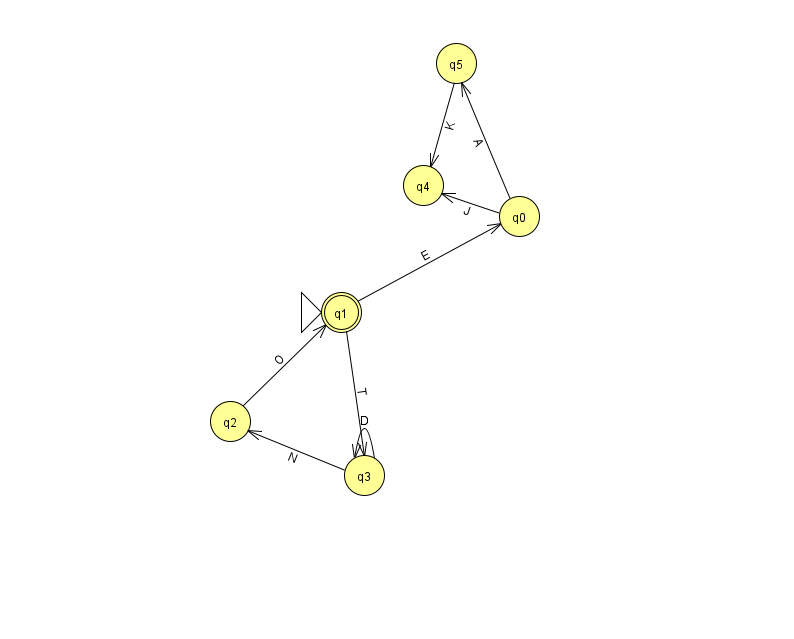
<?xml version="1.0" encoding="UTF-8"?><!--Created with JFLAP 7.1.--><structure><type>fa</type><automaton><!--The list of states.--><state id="0" name="q0"><x>519.0</x><y>203.0</y></state><state id="1" name="q1"><x>341.0</x><y>299.0</y><initial/><final/></state><state id="2" name="q2"><x>230.0</x><y>408.0</y></state><state id="3" name="q3"><x>364.0</x><y>462.0</y></state><state id="4" name="q4"><x>423.0</x><y>172.0</y></state><state id="5" name="q5"><x>456.0</x><y>50.0</y></state><!--The list of transitions.--><transition><from>5</from><to>4</to><read>K</read></transition><transition><from>1</from><to>3</to><read>T</read></transition><transition><from>0</from><to>5</to><read>A</read></transition><transition><from>3</from><to>3</to><read>D</read></transition><transition><from>0</from><to>4</to><read>J</read></transition><transition><from>1</from><to>0</to><read>E</read></transition><transition><from>2</from><to>1</to><read>O</read></transition><transition><from>3</from><to>2</to><read>N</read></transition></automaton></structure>